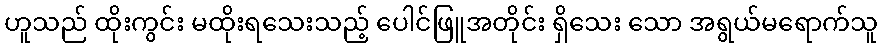
ဟူသည် ထိုးကွင်း မထိုးရသေးသည့် ပေါင်ဖြူအတိုင်း ရှိသေး သော အရွယ်မရောက်သူ